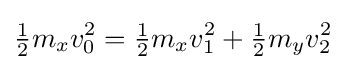
{\tfrac {1}{2}}m_{x}v_{0}^{2}={\tfrac {1}{2}}m_{x}v_{1}^{2}+{\tfrac {1}{2}}m_{y}v_{2}^{2}\,\!